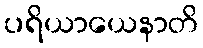
ပရိယာယေနာတိ